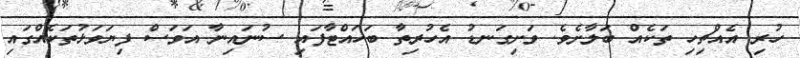
ހުރި އެއްޗިހި ތަކެއް ބަލާށެވެ. ވަށިގަނޑު އެހުރިތާ ބަހައްޓާފައި ސުނައިނާ އަވަސް ފިޔަވަޅުތަކެއްގައި